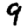
Digit: 9